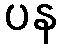
ပန